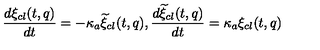
\frac { d \xi _ { c l } ( t , q ) } { d t } = - \kappa _ { a } { \widetilde \xi } _ { c l } ( t , q ) , \frac { d { \widetilde \xi } _ { c l } ( t , q ) } { d t } = \kappa _ { a } \xi _ { c l } ( t , q )